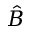
\hat { B }